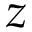
z